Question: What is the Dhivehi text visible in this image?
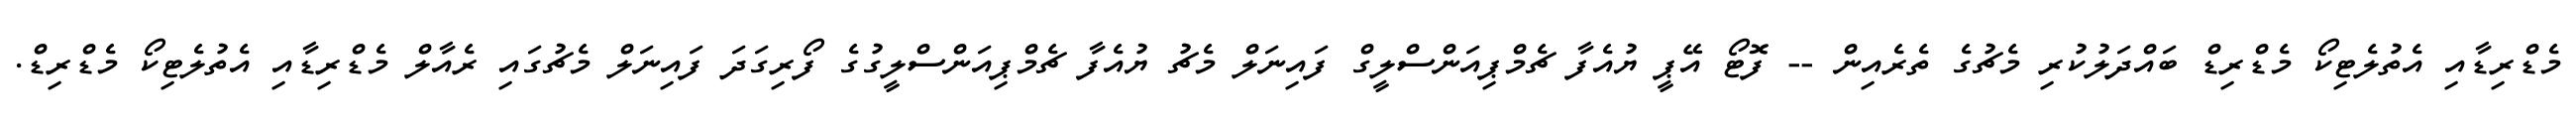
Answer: މެޑްރިޑާއި އެތުލެޓިކޯ މެޑްރިޑް ބައްދަލުކުރި މެޗުގެ ތެރެއިން -- ފޮޓޯ އޭޕީ ޔުއެފާ ޗެމްޕިއަންސްލީގް ފައިނަލް މެޗު ޔުއެފާ ޗެމްޕިއަންސްލީގުގެ ފޯރިގަދަ ފައިނަލް މެޗުގައި ރެއާލް މެޑްރިޑާއި އެތުލެޓިކޯ މެޑްރިޑް.